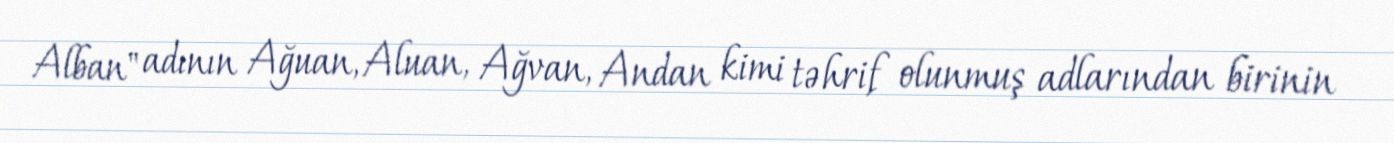
Alban" adının Ağuan, Aluan, Ağvan, Andan kimi təhrif olunmuş adlarından birinin